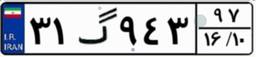
۳۱گ۹۴۳۹۷